Vaccination in Bombay 1863-1868 - 1863-1868
Year: 1863
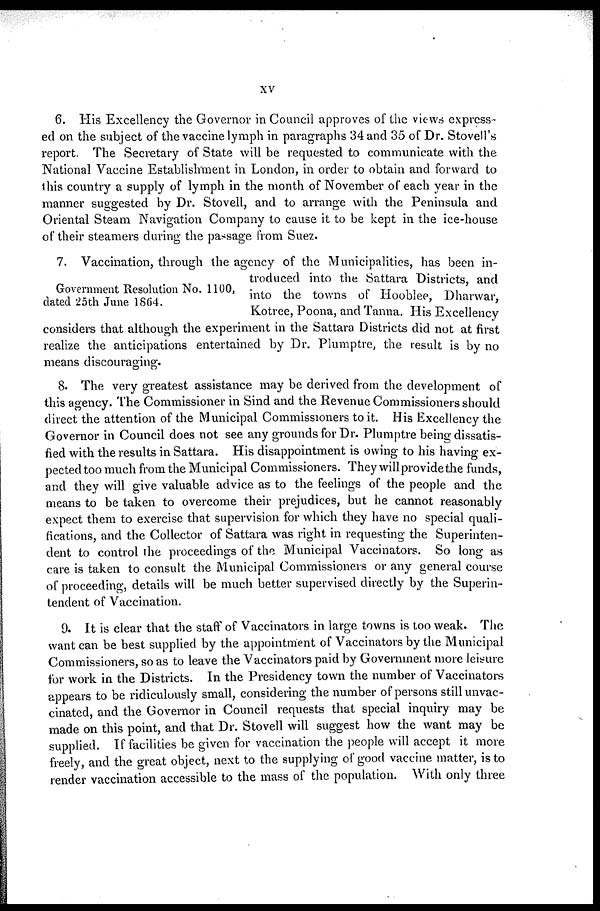
xv
6. His Excellency the Governor in Council approves of the views express-
ed on the subject of the vaccine lymph in paragraphs 34 and 35 of Dr. Stovell's
report. The Secretary of State will be requested to communicate with the
National Vaccine Establishment in London, in order to obtain and forward to
this country a supply of lymph in the month of November of each year in the
manner suggested by Dr. Stovell, and to arrange with the Peninsula and
Oriental Steam Navigation Company to cause it to be kept in the ice-house
of their steamers during the passage from Suez.
Government Resolution No. 1100,
dated 25th June 1864.
7. Vaccination, through the agency of the Municipalities, has been in-
troduced into the Sattara Districts, and
into the towns of Hooblee, Dharwar,
Kotree, Poona, and Tanna. His Excellency
considers that although the experiment in the Sattara Districts did not at first
realize the anticipations entertained by Dr. Plumptre, the result is by no
means discouraging.
8. The very greatest assistance may be derived from the development of
this agency. The Commissioner in Sind and the Revenue Commissioners should
direct the attention of the Municipal Commissioners to it. His Excellency the
Governor in Council does not see any grounds for Dr. Plumptre being dissatis-
fied with the results in Sattara. His disappointment is owing to his having ex-
pected too much from the Municipal Commissioners. They will provide the funds,
and they will give valuable advice as to the feelings of the people and the
means to be taken to overcome their prejudices, but he cannot reasonably
expect them to exercise that supervision for which they have no special quali-
fications, and the Collector of Sattara was right in requesting the Superinten-
dent to control the proceedings of the Municipal Vaccinators. So long as
care is taken to consult the Municipal Commissioners or any general course
of proceeding, details will be much better supervised directly by the Superin-
tendent of Vaccination.
9. It is clear that the staff of Vaccinators in large towns is too weak. The
want can be best supplied by the appointment of Vaccinators by the Municipal
Commissioners, so as to leave the Vaccinators paid by Government more leisure
for work in the Districts. In the Presidency town the number of Vaccinators
appears to be ridiculously small, considering the number of persons still unvac-
cinated, and the Governor in Council requests that special inquiry may be
made on this point, and that Dr. Stovell will suggest how the want may be
supplied. If facilities be given for vaccination the people will accept it more
freely, and the great object, next to the supplying of good vaccine matter, is to
render vaccination accessible to the mass of the population. With only three